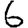
Digit: 6